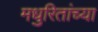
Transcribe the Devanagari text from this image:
मधुरितांच्या